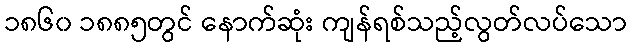
၁၈၆၀ ၁၈၈၅တွင် နောက်ဆုံး ကျန်ရစ်သည့်လွတ်လပ်သော